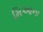
મિઆના